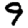
Digit: 9